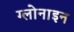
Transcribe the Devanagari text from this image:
ग्लोनाइन